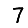
Digit: 7